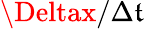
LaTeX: \Deltax/\Delta\mathfrak{t}